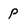
Character: p